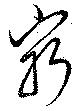
窮